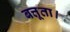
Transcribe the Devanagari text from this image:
बत्तूता।